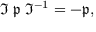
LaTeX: { \mathfrak { I } } \; { \mathfrak { p } } \; { \mathfrak { I } } ^ { - 1 } = - { \mathfrak { p } } ,